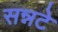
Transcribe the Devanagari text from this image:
सन्नटे